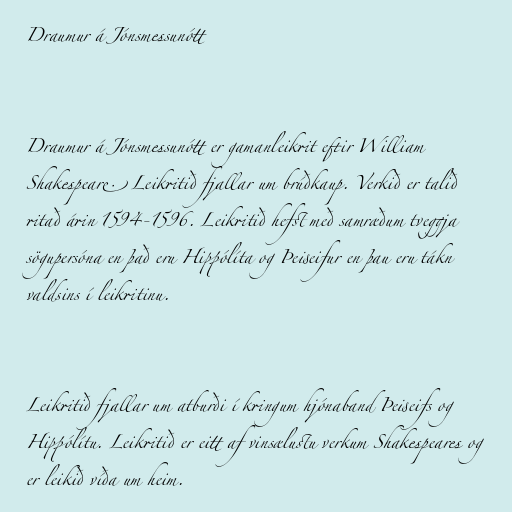
Draumur á Jónsmessunótt

Draumur á Jónsmessunótt er gamanleikrit eftir William
Shakespeare. Leikritið fjallar um brúðkaup. Verkið er talið
ritað árin 1594-1596. Leikritið hefst með samræðum tveggja
sögupersóna en það eru Hippólíta og Þeiseifur en þau eru tákn
valdsins í leikritinu.

Leikritið fjallar um atburði í kringum hjónaband Þeiseifs og
Hippólítu. Leikritið er eitt af vinsælustu verkum Shakespeares og
er leikið víða um heim.